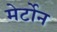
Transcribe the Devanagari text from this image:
मेर्टोन